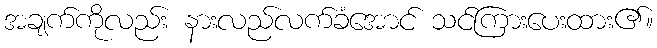
အချက်ကိုလည်း နားလည်လက်ခံအောင် သင်ကြားပေးထား၏။